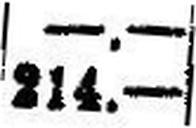
214.—